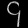
Digit: ၄